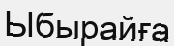
Ыбырайға